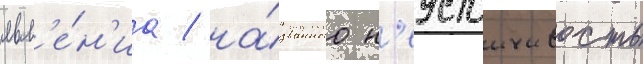
явл'е́н'иа / на́званного н'еустоичивость